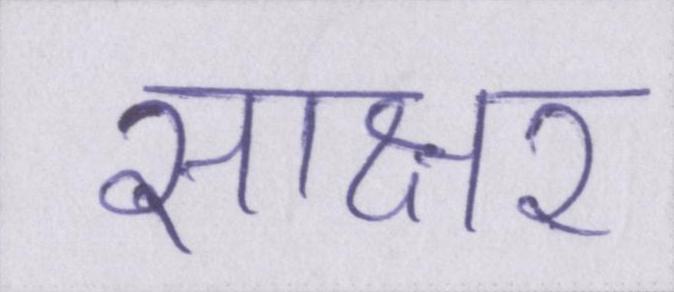
साक्षर